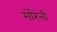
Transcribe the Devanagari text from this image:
मोरेत्ती